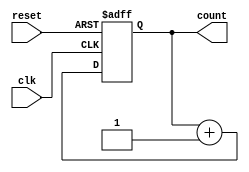
module async_reset_sync_counter (
    input wire clk,            // Clock signal
    input wire reset,          // Asynchronous reset signal
    output reg [3:0] count     // 4-bit counter output
);

// Always block for counter operation
always @(posedge clk or posedge reset) begin
    if (reset) begin
        count <= 4'b0000;      // Reset the counter to 0
    end else begin
        count <= count + 1;    // Increment the counter
    end
end

endmodule